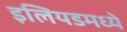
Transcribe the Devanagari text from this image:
इलियडमध्ये